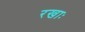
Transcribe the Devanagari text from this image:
रखाः